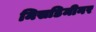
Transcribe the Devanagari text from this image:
मिसडिमीनर